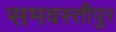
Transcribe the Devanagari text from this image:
समवस्तीपुर